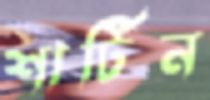
শার্টিন